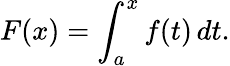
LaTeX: F(x)=\int_{a}^{x}f(t)\, dt.